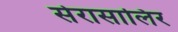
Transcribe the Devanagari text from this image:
सेरासालिर